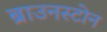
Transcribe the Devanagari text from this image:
ब्राउनस्टोन